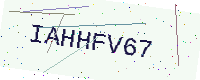
Text: IAHHFV67